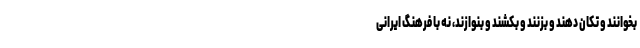
بخوانند و تکان دهند و بزنند و بکشند و بنوازند، نه با فرهنگ ایرانی